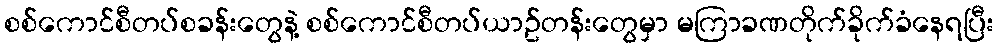
စစ်ကောင်စီတပ်စခန်းတွေနဲ့ စစ်ကောင်စီတပ်ယာဥ်တန်းတွေမှာ မကြာခဏတိုက်ခိုက်ခံနေရပြီး